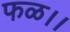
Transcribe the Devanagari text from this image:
फळ।।